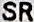
SR